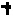
Text: +